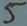
Text: 5